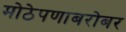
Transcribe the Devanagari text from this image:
मोठेपणाबरोबर